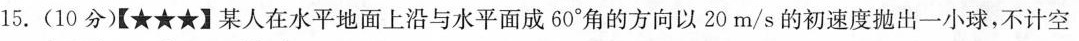
15.(10分)【★★★】某人在水平地面上沿与水平面成60°角的方向以20m/s的初速度抛出一小球，不计空